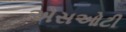
એસઓટી